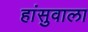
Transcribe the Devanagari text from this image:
हांसुवाला